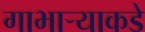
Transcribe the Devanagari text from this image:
गाभार्‍याकडे